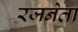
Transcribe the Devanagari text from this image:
रजनेता